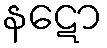
နဋော